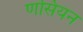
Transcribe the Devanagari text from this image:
णसियन